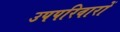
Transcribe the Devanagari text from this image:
उपपरिवारों